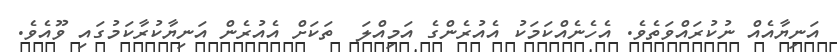
އަނިޔާއެއް ނުކުރައްވަތެވެ. އެހެނެއްކަމަކު އެއުރެންގެ އަމިއްލަ  ތަކަށް އެއުރެން އަނިޔާކުރާކަމުގައި ވޫއެވެ.